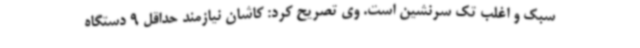
سبک و اغلب تک سرنشین است. وی تصریح کرد: کاشان نیازمند حداقل 9 دستگاه